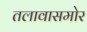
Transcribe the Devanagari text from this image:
तलावासमोर